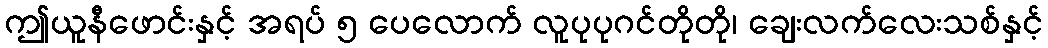
ဤယူနီဖောင်းနှင့် အရပ် ၅ ပေလောက် လူပုပုဂင်တိုတို၊ ချေးလက်လေးသစ်နှင့်